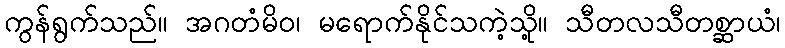
ကွန်ရွက်သည်။ အဂတံမိဝ၊ မရောက်နိုင်သကဲ့သို့။ သီတလသီတစ္ဆာယံ၊